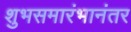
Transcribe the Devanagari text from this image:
शुभसमारंभानंतर